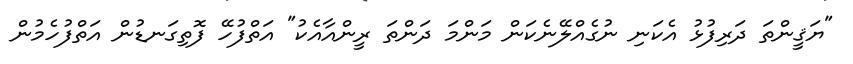
"ޔަޤީންތަ ދަރިފުޅު އެކަނި ނުގެއްލޭނެކަން މަންމަ ދަންތަ ރީންއާއެކު" އަތްފުހޭ ފޮތިގަނޑުން އަތްފުހެމުން